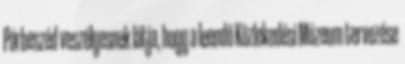
Párbeszéd veszélyesnek látja, hogy a leendő Közlekedési Múzeum tervezése